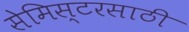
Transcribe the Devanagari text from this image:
सेमिस्टरसाठी